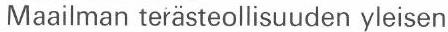
Maailman terästeollisuuden yleisen